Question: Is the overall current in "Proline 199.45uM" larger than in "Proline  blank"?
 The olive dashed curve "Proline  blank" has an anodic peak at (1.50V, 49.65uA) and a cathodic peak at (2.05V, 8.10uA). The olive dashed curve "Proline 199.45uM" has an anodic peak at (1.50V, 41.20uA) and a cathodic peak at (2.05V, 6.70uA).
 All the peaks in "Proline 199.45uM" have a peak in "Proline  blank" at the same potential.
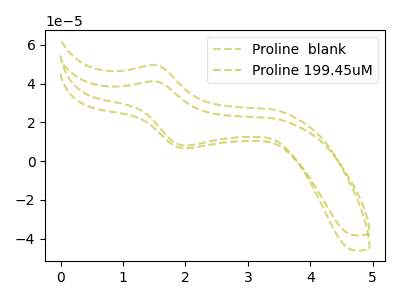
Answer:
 <answer>I cant tell if "Proline 199.45uM" or "Proline  blank" has more signal.</answer>
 <eval>mixed_signal</eval>